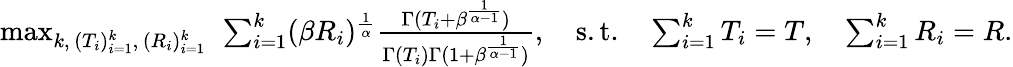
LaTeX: \begin{array}{r}{\operatorname*{max}_{k,\, (T_{i})_{i=1}^{k},\, (R_{i})_{i=1}^{k}}\ \sum_{i=1}^{k}(\beta R_{i})^{\frac{1}{\alpha}}\frac{\Gamma(T_{i}+\beta^{\frac{1}{\alpha-1}})}{\Gamma(T_{i})\Gamma(1+\beta^{\frac{1}{\alpha-1}})},\quad\mathrm{s.t.}\quad\sum_{i=1}^{k}T_{i}=T,\quad\sum_{i=1}^{k}R_{i}=R.}\end{array}